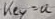
Text: key=a